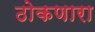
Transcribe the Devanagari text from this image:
ठोकणारा